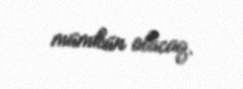
mümkün olacaq.